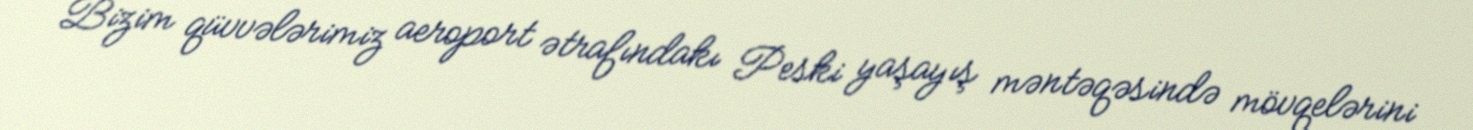
Bizim qüvvələrimiz aeroport ətrafındakı Peski yaşayış məntəqəsində mövqelərini